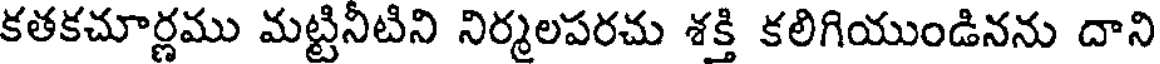
కతకచూర్ణము మట్టినీటిని నిర్మలపరచు శక్తి కలిగియుండినను దాని